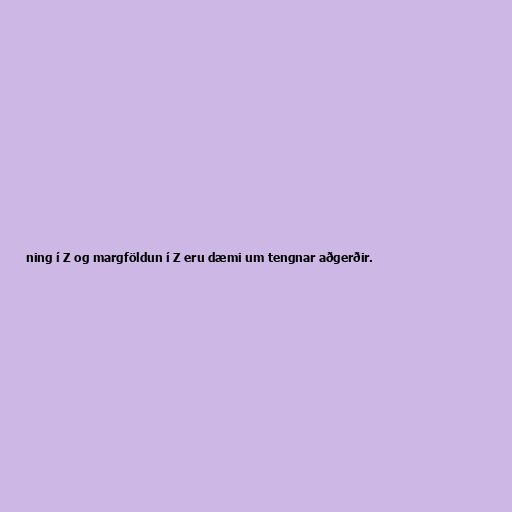
ning í Z og margföldun í Z eru dæmi um tengnar aðgerðir.